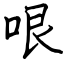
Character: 哏